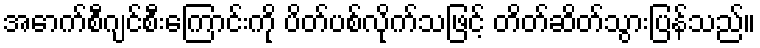
အောက်စီဂျင်စီးကြောင်းကို ပိတ်ပစ်လိုက်သဖြင့် တိတ်ဆိတ်သွားပြန်သည်။